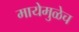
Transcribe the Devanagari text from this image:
मायेमुळेच